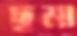
ছমা